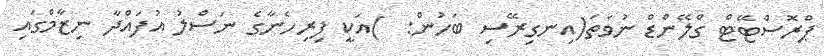
ޕްރޮސްޓޭޓް ގްލޭންޑް ނުވަތަ(އިނގިރޭސި ބަހުން:  )އަކީ ފިރިހެނާގެ ނަސްލު އުފައްދާ ނިޒާމްގައި